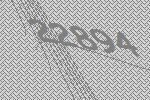
22894